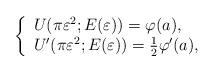
LaTeX: \begin{align*}\left\{\begin{array}{l}U(\pi \varepsilon^2; E(\varepsilon)) = \varphi(a), \\U'(\pi \varepsilon^2; E(\varepsilon)) = \frac{1}{2} \varphi'(a),\end{array} \right.\end{align*}